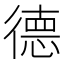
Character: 德